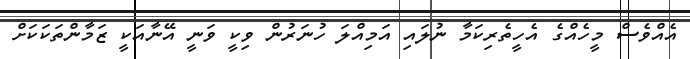
އެއްވެސް މީހެއްގެ އެހީތެރިކަމާ ނުލައި އަމިއްލަ ހުނަރުން ވިކީ ވަނީ އޭނާއަކީ ޒަމާންތަކަކަށް